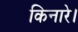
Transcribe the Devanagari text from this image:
किनारे।